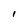
Character: I